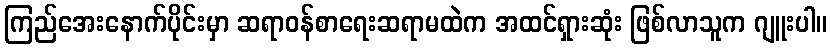
ကြည်အေးနောက်ပိုင်းမှာ ဆရာဝန်စာရေးဆရာမထဲက အထင်ရှားဆုံး ဖြစ်လာသူက ဂျူးပါ။